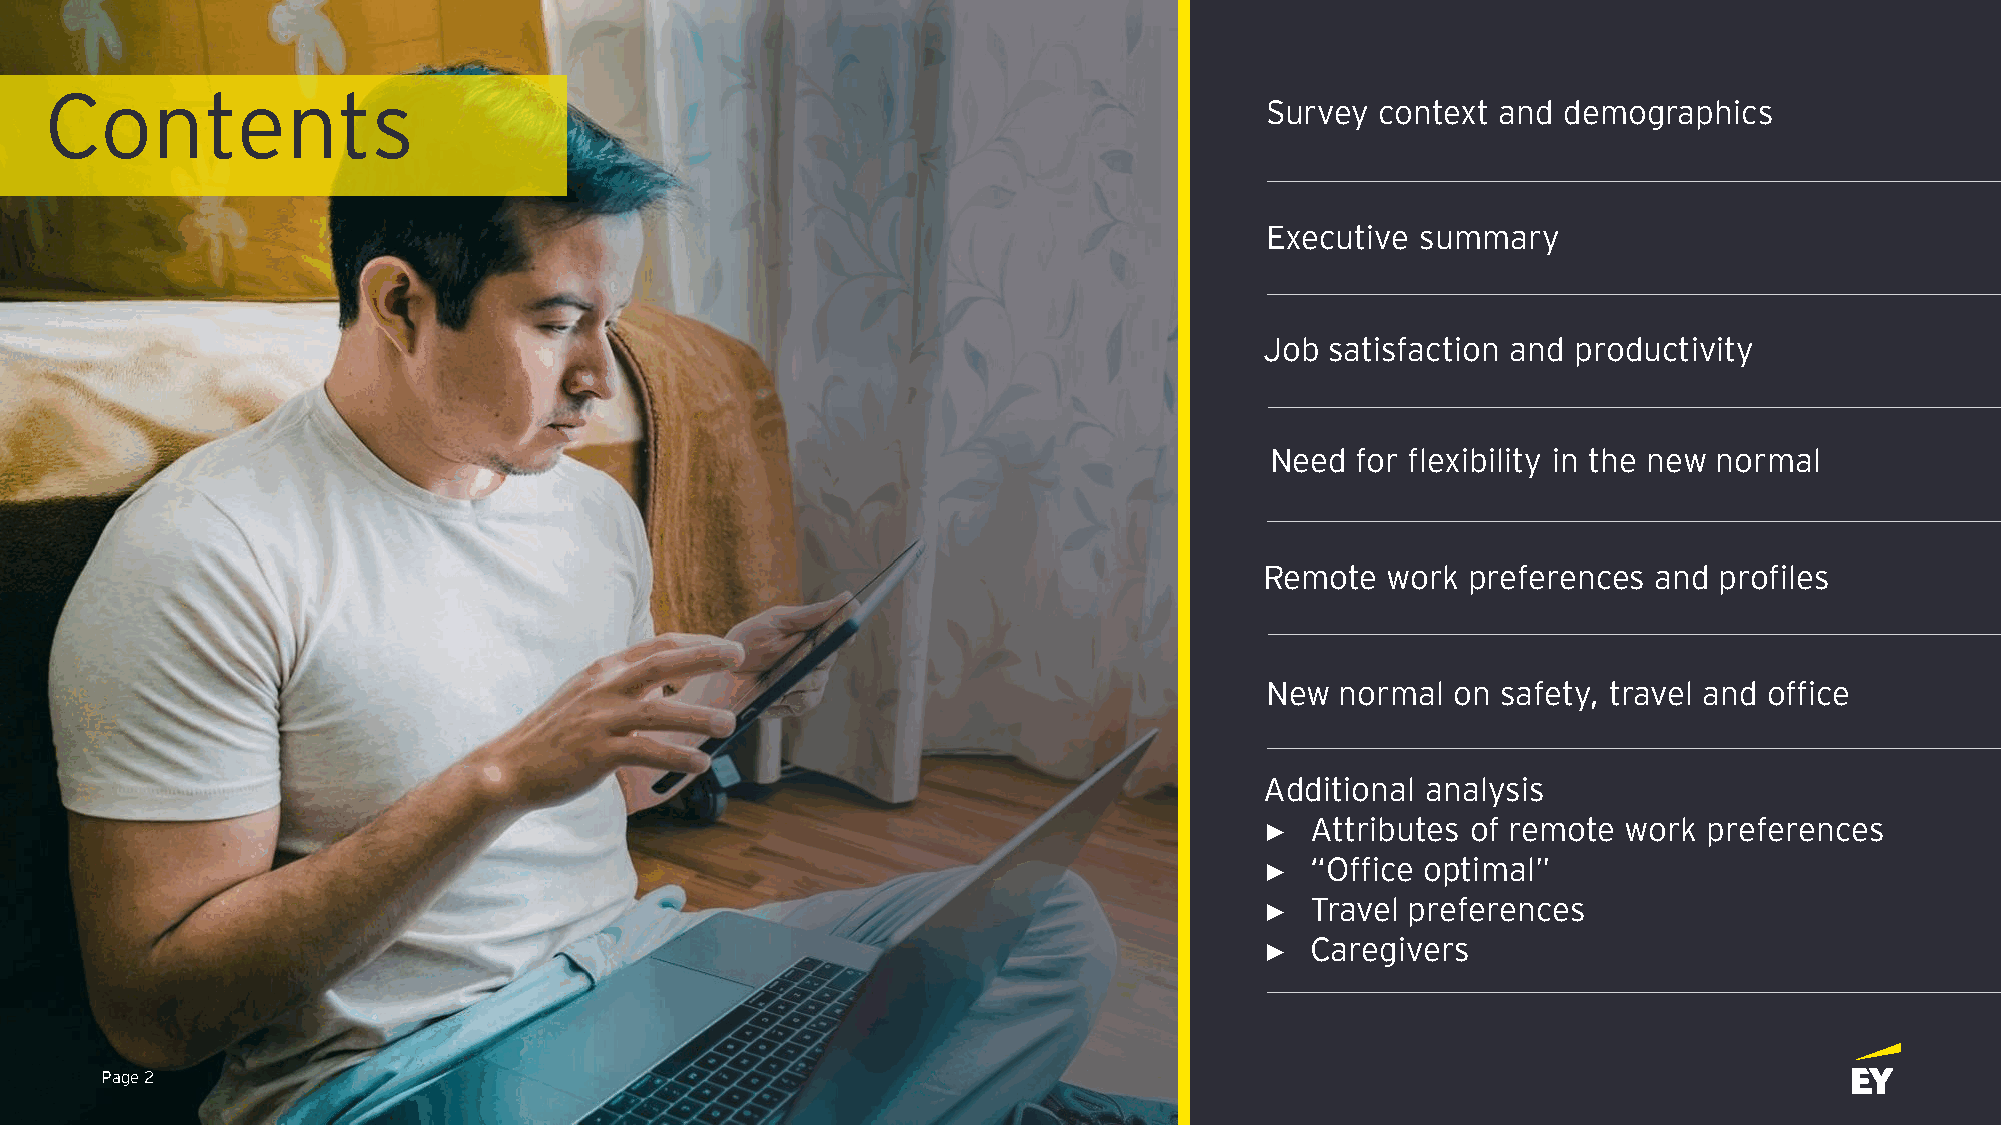
Contents
 Survey context and demographics
 Executive summary
 Job satisfaction and productivity
 Need  for flexibility in the new normal
 Remote  work preferences and  profiles
 New  normal on safety, travel and office
 Additional analysis
 Attributes of remote work preferences
 ►
 “Office optimal”
 ►
 Travel preferences
 ►
 Caregivers
 ►
 Page 2